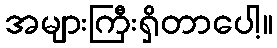
အများကြီးရှိတာပေါ့။